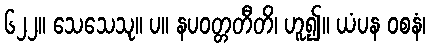
၆၂၂။ သေသေသု။ ပ။ နပဝတ္တတီတိ၊ ဟူ၍။ ယံပန ဝစနံ၊